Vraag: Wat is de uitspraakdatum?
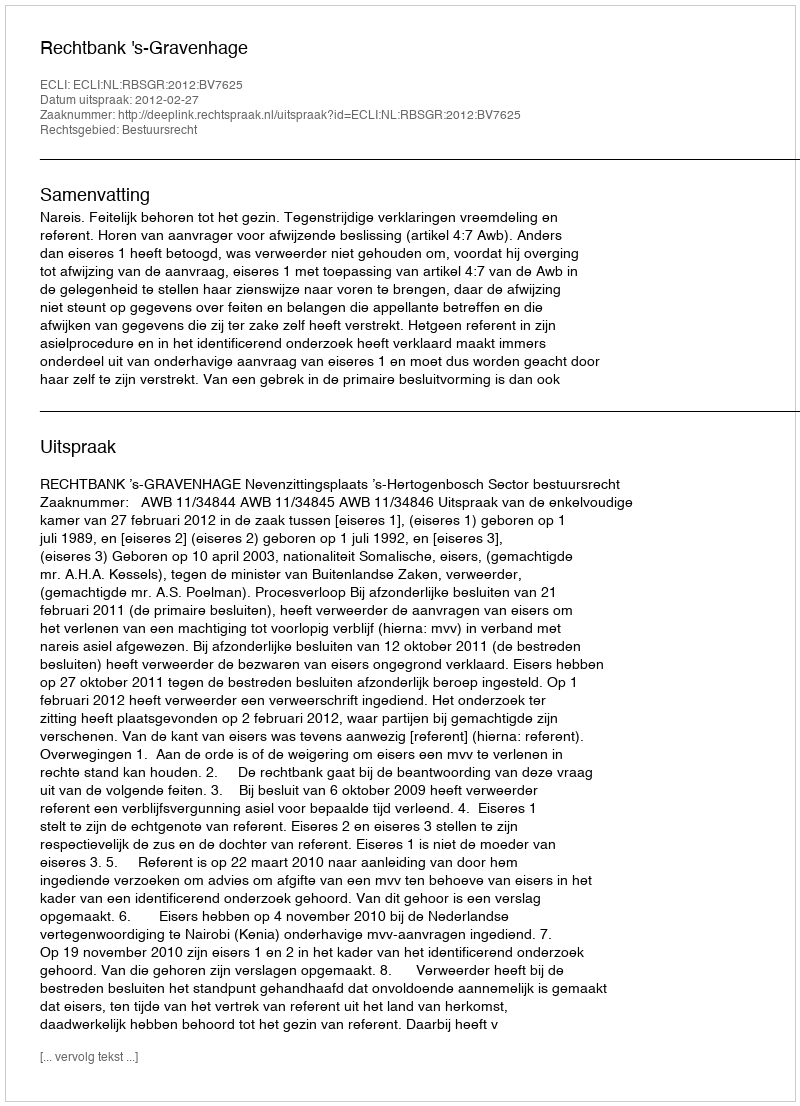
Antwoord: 2012-02-27